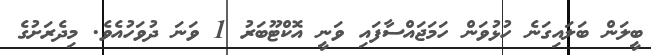
ބީލަން ބަލައިގަނެ ހުޅުވަން ހަމަޖައްސާފައި ވަނީ އޮކްޓޫބަރު 1 ވަނަ ދުވަހުއެވެ. މިދެރަށުގެ